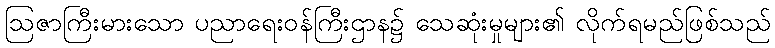
ဩဇာကြီးမားသော ပညာရေးဝန်ကြီးဌာန၌ သေဆုံးမှုများ၏ လိုက်ရမည်ဖြစ်သည်